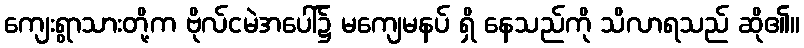
ကျေးရွာသားတို့က ဗိုလ်ငမဲအပေါ်၌ မကျေမနပ် ရှိ နေသည်ကို သိလာရသည် ဆို၏။